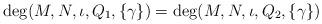
LaTeX: \begin{align*} \deg (M,N,\iota,Q_1,\{\gamma\}) = \deg (M,N,\iota,Q_2,\{\gamma\})\end{align*}